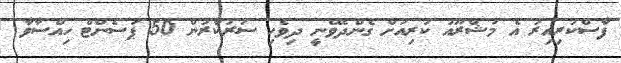
ފާސްކުރިއިރު އެ މަޝްރޫއު ކުރިއަށް ގެންދެވޭނީ ދިވެހި ސަރުކާރުން 50 ޕަސެންޓް ހިއްސާވާ